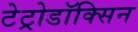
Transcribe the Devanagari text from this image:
टेट्रोडॉक्सिन